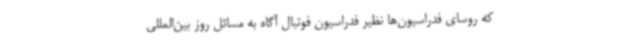
که روسای فدراسیون‌ها نظیر فدراسیون فوتبال آگاه به مسائل روز بین‌المللی